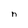
Character: n